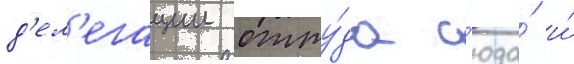
д'ел'егации отту́да с'юда́ и́